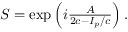
\begin{array} { r } { { \cal S } = \exp \left( i \frac { A } { 2 c - I _ { p } / c } \right) . } \end{array}